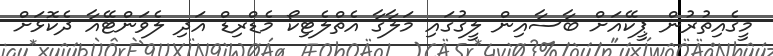
މީގެއިތުރުން ޕީކޭއަށް ބާސާއިން ލީގުގައި މަލާގާ އެތްލެޓިކޯ މެޑްރިޑް އަދި ލެވަންޓޭއާ ދެކޮޅަށް